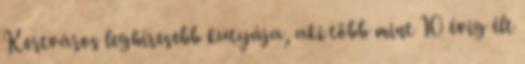
Kertváros leghíresebb kutyája, aki több mint 10 évig élt